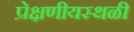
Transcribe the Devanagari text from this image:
प्रेक्षणीयस्थळी